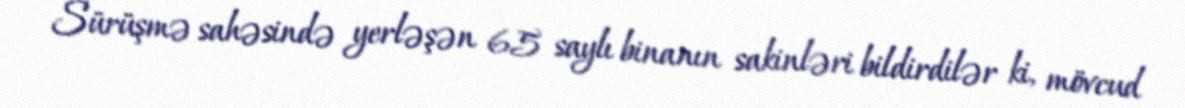
Sürüşmə sahəsində yerləşən 65 saylı binanın sakinləri bildirdilər ki, mövcud